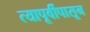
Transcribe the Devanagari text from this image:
त्यापूर्वीपासून